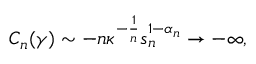
C _ { n } ( \gamma ) \sim - n \kappa ^ { - \frac { 1 } { n } } s _ { n } ^ { 1 - \alpha _ { n } } \rightarrow - \infty ,